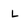
Character: L